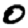
Digit: 0